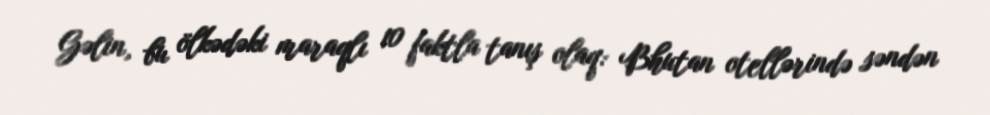
Gəlin, bu ölkədəki maraqlı 10 faktla tanış olaq: Bhutan otellərində səndən